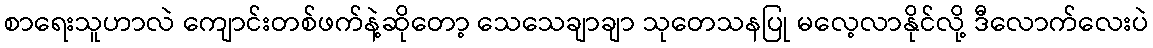
စာရေးသူဟာလဲ ကျောင်းတစ်ဖက်နဲ့ဆိုတော့ သေသေချာချာ သုတေသနပြု မလေ့လာနိုင်လို့ ဒီလောက်လေးပဲ